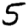
Digit: 5